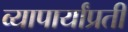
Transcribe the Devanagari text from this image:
व्यापार्यांप्रती